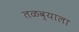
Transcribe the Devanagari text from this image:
तळव्याला